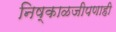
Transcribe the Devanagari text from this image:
निष्काळजीपणाही